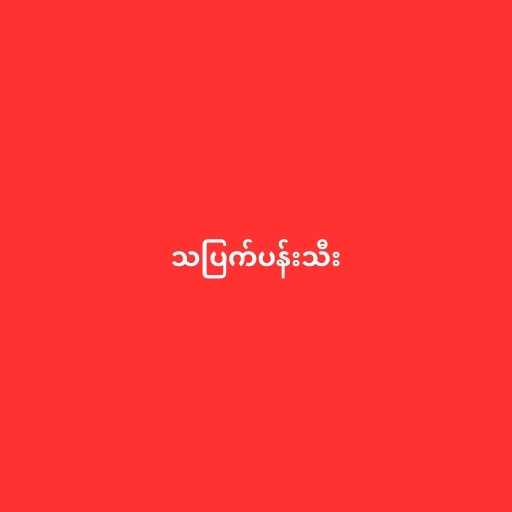
သပြက်ပန်းသီး